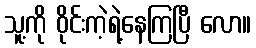
သူ့ကို ဝိုင်းကဲ့ရဲ့နေကြပြီ လော။